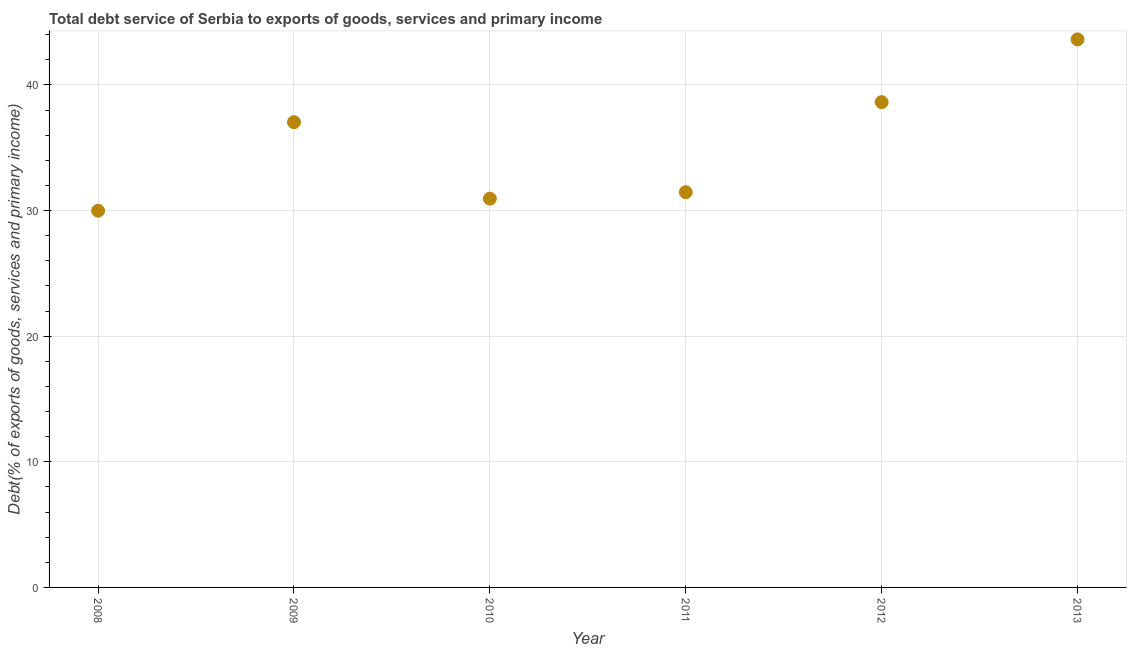
| Year | Total debt service |
 | --- | --- |
 | 2008 | 30 |
 | 2009 | 37 |
 | 2010 | 30.9 |
 | 2011 | 31.5 |
 | 2012 | 38.6 |
 | 2013 | 43.6 |